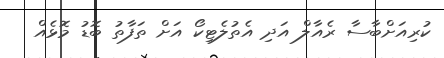
ކުރިއަށްބާސާ ރެއާލް އަދި އެތުލެޓިކޯ އަށް ތަފާތު ބޮޑު މޮޅެއް